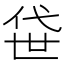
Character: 𫢫